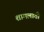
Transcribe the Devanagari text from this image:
शामलाती